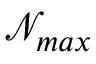
\mathcal { N } _ { m a x }